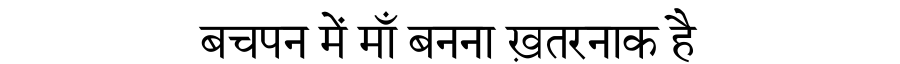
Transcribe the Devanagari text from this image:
बचपन में माँ बनना ख़तरनाक है